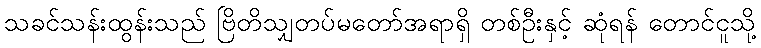
သခင်သန်းထွန်းသည် ဗြိတိသျှတပ်မတော်အရာရှိ တစ်ဦးနှင့် ဆုံရန် တောင်ငူသို့